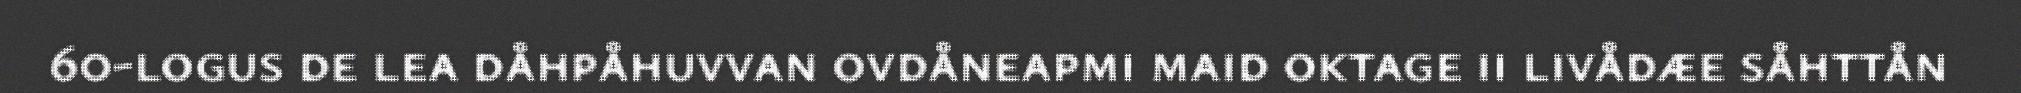
60-logus de lea dåhpåhuvvan ovdåneapmi maid oktage ii livådæe såhttån